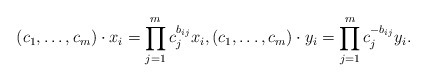
\begin{align*}(c_1,\ldots,c_m) \cdot x_i = \prod_{j=1}^m c_j^{b_{ij}} x_i, (c_1, \ldots, c_m) \cdot y_i = \prod_{j=1}^m c_j^{-b_{ij}} y_i.\end{align*}